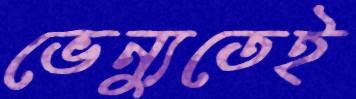
ভেন্যুতেই